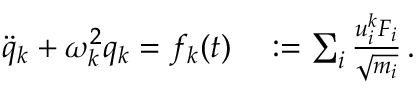
\begin{array} { r l } { \ddot { q } _ { k } + \omega _ { k } ^ { 2 } q _ { k } = f _ { k } ( t ) } & { { } : = \sum _ { i } \frac { u _ { i } ^ { k } F _ { i } } { \sqrt { m _ { i } } } \, . } \end{array}